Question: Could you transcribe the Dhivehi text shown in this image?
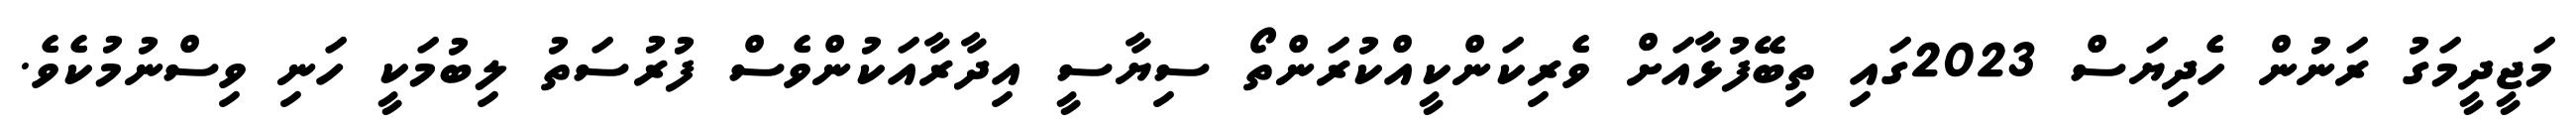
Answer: މަޖީދީމަގު ރަނުން ހެދިޔަސް 2023ގައި ތިބޭފުޅާއަށް ވެރިކަންކީއްކުރަންތޯ ސިޔާސީ އިދާރާއަކުންވެސް ފުރުސަތު ލިބުމަކީ ހަނި ވިސްނުމުކެވެ.